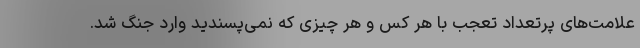
علامت‌های پرتعداد تعجب با هر کس و هر چیزی که نمی‌پسندید وارد جنگ شد.